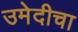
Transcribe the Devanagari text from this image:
उमेदीचा